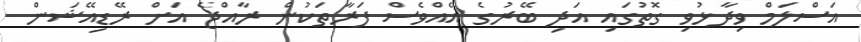
އަސްލަމް ވިދާޅުވި ގޮތުގައި އަދި ބޭރުގެ އެއްވެސް ފަރާތަކުން ރާއްޖެ އަށް ރޭޑިއޭޝަން